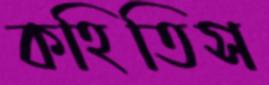
কহিতিস